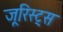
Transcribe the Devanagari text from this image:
जूरिस्ट्स